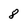
Character: 8